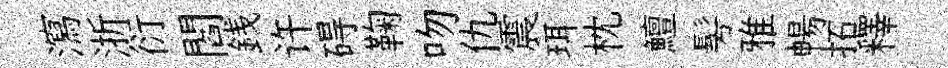
瀉浙衍閻銭许碍鞠吻仇震珥枕鱣髣雅暢拓釋